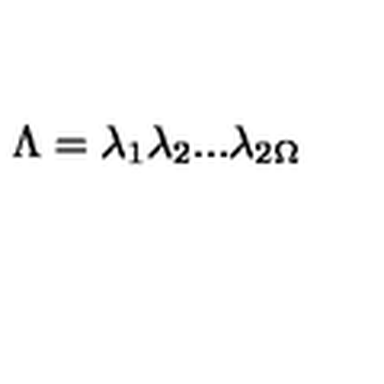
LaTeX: \Lambda = \lambda _ { 1 } \lambda _ { 2 } . . . \lambda _ { 2 \Omega }